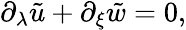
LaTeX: \partial_{\lambda}\tilde{u}+\partial_{\xi}\tilde{w}=0,